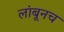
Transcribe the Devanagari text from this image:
लांबूनच